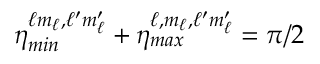
\eta _ { m i n } ^ { \ell m _ { \ell } , \ell ^ { \prime } m _ { \ell } ^ { \prime } } + \eta _ { m a x } ^ { \ell , m _ { \ell } , \ell ^ { \prime } m _ { \ell } ^ { \prime } } = \pi / 2